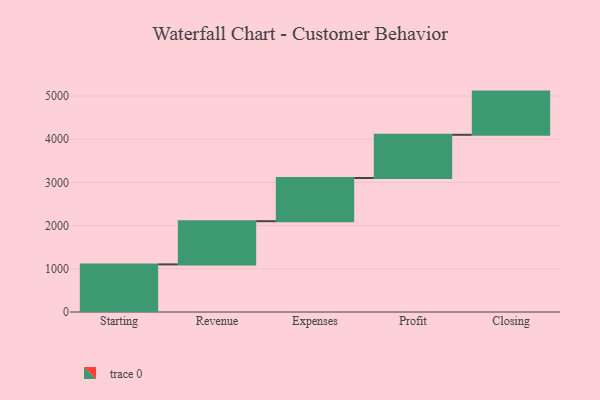
{"axis": {"x": "Step", "y": "Value"}, "legend": [""], "data": [{"x": "Starting", "y": 1102.0, "type": ""}, {"x": "Revenue", "y": 1000, "type": ""}, {"x": "Expenses", "y": 1000, "type": ""}, {"x": "Profit", "y": 1000, "type": ""}, {"x": "Closing", "y": 1000, "type": ""}]}